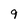
Character: 9